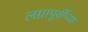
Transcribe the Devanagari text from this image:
लग्नापूर्वीच्या